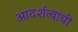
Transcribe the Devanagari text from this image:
आदर्शत्वाची